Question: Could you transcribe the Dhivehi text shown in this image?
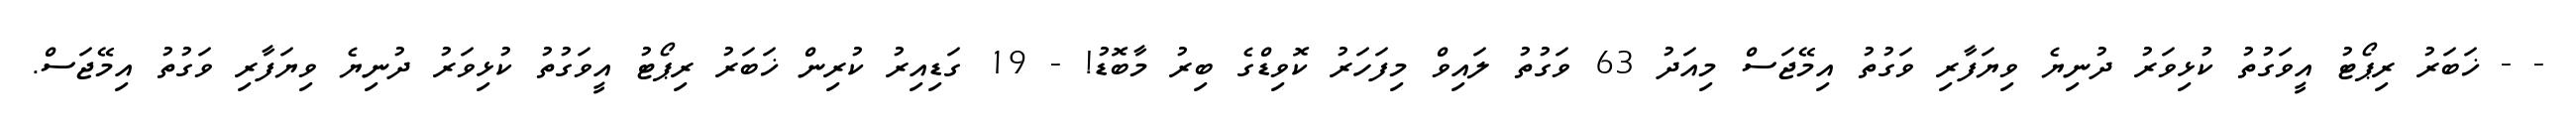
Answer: - - ޚަބަރު ރިޕޯޓު އީވަގުތު ކުޅިވަރު ދުނިޔެ ވިޔަފާރި ވަގުތު އިމޭޖަސް މިއަދު 63 ވަގުތު ލައިވް މިފަހަރު ކޮވިޑްގެ ބިރު މާބޮޑު! - 19 ގަޑިއިރު ކުރިން ޚަބަރު ރިޕޯޓު އީވަގުތު ކުޅިވަރު ދުނިޔެ ވިޔަފާރި ވަގުތު އިމޭޖަސް.